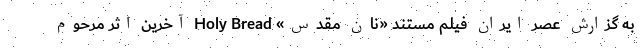
به گزارش عصر ایران فیلم مستند «نان مقدس» Holy Bread آخرین اثر مرحوم